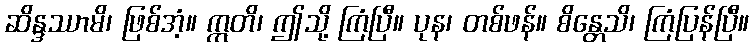
ဆိန္ဒဿာမိ၊ ဖြစ်အံ့။ ဣတိ၊ ဤသို့ ကြံပြီ။ ပုန၊ တစ်ဖန်။ စိန္တေသိ၊ ကြံပြန်ပြီ။